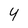
Character: y